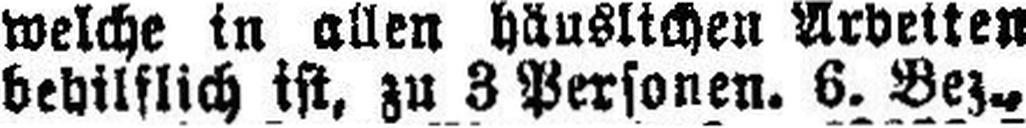
behilflich ist, zu 3 Personen. 6. Bez.,